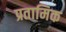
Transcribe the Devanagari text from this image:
प्रतामिक